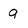
Character: g